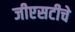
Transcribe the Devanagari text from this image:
जीएसटीचे